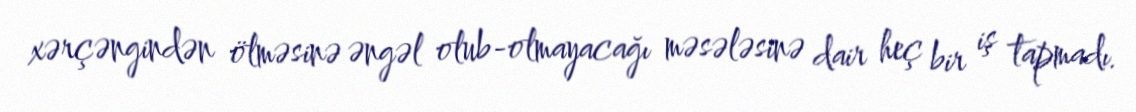
xərçəngindən ölməsinə əngəl olub-olmayacağı məsələsinə dair heç bir iş tapmadı.